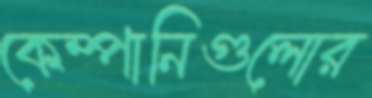
কেম্পানিগুলোর